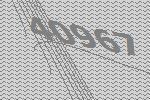
40967